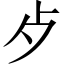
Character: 歺